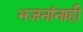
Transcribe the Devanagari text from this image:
भजनांनाही